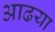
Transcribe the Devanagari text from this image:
आढया